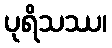
ပုရိသဿ၊